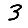
Digit: 3